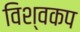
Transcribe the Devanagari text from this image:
विश्‍वकप